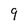
Character: 9